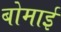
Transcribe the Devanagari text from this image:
बोमाई